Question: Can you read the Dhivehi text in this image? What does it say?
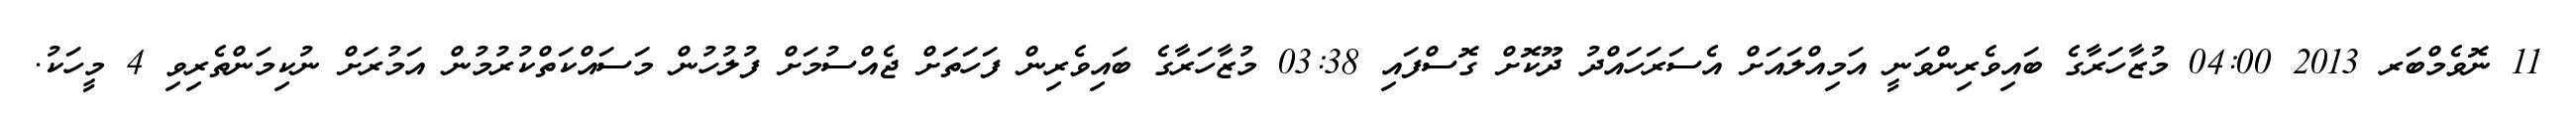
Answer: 11 ނޮވެމްބަރ 2013 04:00 މުޒާހަރާގެ ބައިވެރިންވަނީ އަމިއްލައަށް އެސަރަހައްދު ދޫކޮށް ގޮސްފައި 03:38 މުޒާހަރާގެ ބައިވެރިން ފަހަތަށް ޖެއްސުމަށް ފުލުހުން މަސައްކަތްކުރުމުން އަމުރަށް ނުކިމަންތެރިވި 4 މީހަކު.